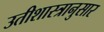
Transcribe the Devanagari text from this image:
उतीशास्त्रानुसार